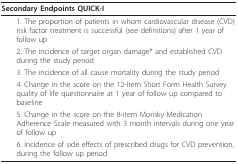
<table><thead><tr><td><b>Secondary Endpoints QUICK-I</b></td></tr></thead><tbody><tr><td> 1. The proportion of patients in whom cardiovascular disease (CVD) risk factor treatment is successful (see definitions) after 1 year of follow up</td></tr><tr><td> 2. The incidence of target organ damage* and established CVD during the study period</td></tr><tr><td> 3. The incidence of all cause mortality during the study period</td></tr><tr><td> 4. Change in the score on the 12-Item Short Form Health Survey quality of life questionnaire at 1 year of follow up compared to baseline</td></tr><tr><td> 5. Change in the score on the 8-item Morisky Medication Adherence Scale measured with 3 month intervals during one year of follow up</td></tr><tr><td> 6. Incidence of side effects of prescribed drugs for CVD prevention, during the follow up period</td></tr></tbody></table>